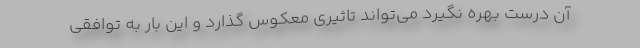
آن درست بهره نگیرد می‌تواند تاثیری معکوس گذارد و این بار به توافقی